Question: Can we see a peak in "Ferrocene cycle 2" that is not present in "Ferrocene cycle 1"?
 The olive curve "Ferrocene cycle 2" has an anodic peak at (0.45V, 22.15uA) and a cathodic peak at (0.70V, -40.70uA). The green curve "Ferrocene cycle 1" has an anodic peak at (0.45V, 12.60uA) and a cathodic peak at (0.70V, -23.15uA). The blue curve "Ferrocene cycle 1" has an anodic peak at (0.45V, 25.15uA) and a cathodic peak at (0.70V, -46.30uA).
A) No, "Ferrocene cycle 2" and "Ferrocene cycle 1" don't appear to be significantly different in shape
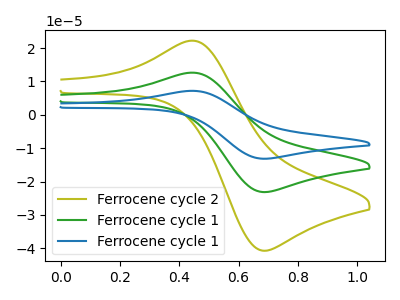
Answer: <think>All the peaks in "Ferrocene cycle 2" have a peak in "Ferrocene cycle 1" at the same potential. Every peak in "Ferrocene cycle 2" is higher than every peak in "Ferrocene cycle 1".
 </think>
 <answer>A) No, "Ferrocene cycle 2" and "Ferrocene cycle 1" don't appear to be significantly different in shape</answer>
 <eval>A</eval>